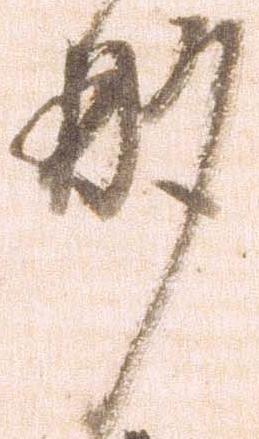
酌